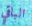
الباقي